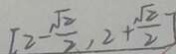
[ 2 - \frac { \sqrt { 2 } } { 2 } , 2 + \frac { \sqrt { 2 } } { 2 } ]